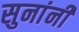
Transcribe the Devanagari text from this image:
सुनांनी